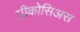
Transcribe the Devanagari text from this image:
प्रीकोसिअस